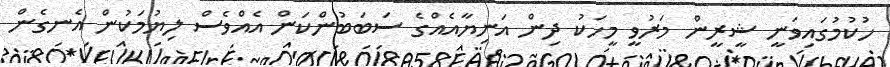
ހުކުމުގައިވަނީ ޝީރީން މަރުވީ މީހަކު ދިން އަނިޔާއެއްގެ ސަބަބުންކަން އެއްވެސް ލިޔުމަކުން އެނގެން